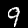
Label: 9